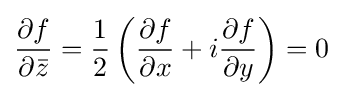
{\frac {\partial f}{\partial {\bar {z}}}}={\frac {1}{2}}\left({\frac {\partial f}{\partial x}}+i{\frac {\partial f}{\partial y}}\right)=0